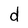
Character: d